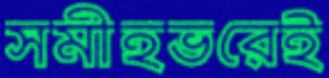
সমীহভরেই